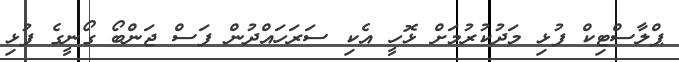
ޕްލާސްޓިކް ފުޅި މަދުކުރުމަށް ޅޮހީ އެކި ސަރަހައްދުން ފަސް ޖަންބޯ ގޯނީގެ ފުޅި